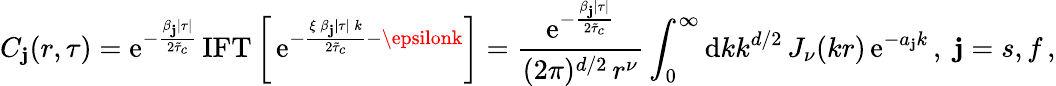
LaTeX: C_{\mathbf{j}}(r,\tau)=\mathrm{{e}}^{-\frac{{\beta_{\mathbf{j}}\lvert\tau\rvert}}{{2\tilde{{\tau}}_{c}}}}\, {\mathrm{{IFT}}}\left[\, \mathrm{{e}}^{-\frac{{\xi\, \beta_{\mathbf{j}}\lvert\tau\rvert\, k}}{{2\tilde{{\tau}}_{c}}}-\epsilonk}\right]=\frac{{\mathrm{{e}}^{-\frac{{\beta_{\mathbf{j}}\lvert\tau\rvert}}{{2\tilde{{\tau}}_{c}}}}}}{{(2\pi)^{d/2}\, r^{\nu}}}\int_{0}^{\infty}{\mathrm{{d}}}kk^{d/2}\, J_{\nu}(kr)\, \mathrm{{e}}^{-a_{\mathbf{j}}k}\, ,\; \mathbf{j}=s,f\, ,